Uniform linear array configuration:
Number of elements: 4
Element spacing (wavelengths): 1
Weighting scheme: hamming
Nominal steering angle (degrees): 60
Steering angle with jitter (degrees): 58.341
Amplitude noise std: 0.05
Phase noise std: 0.05

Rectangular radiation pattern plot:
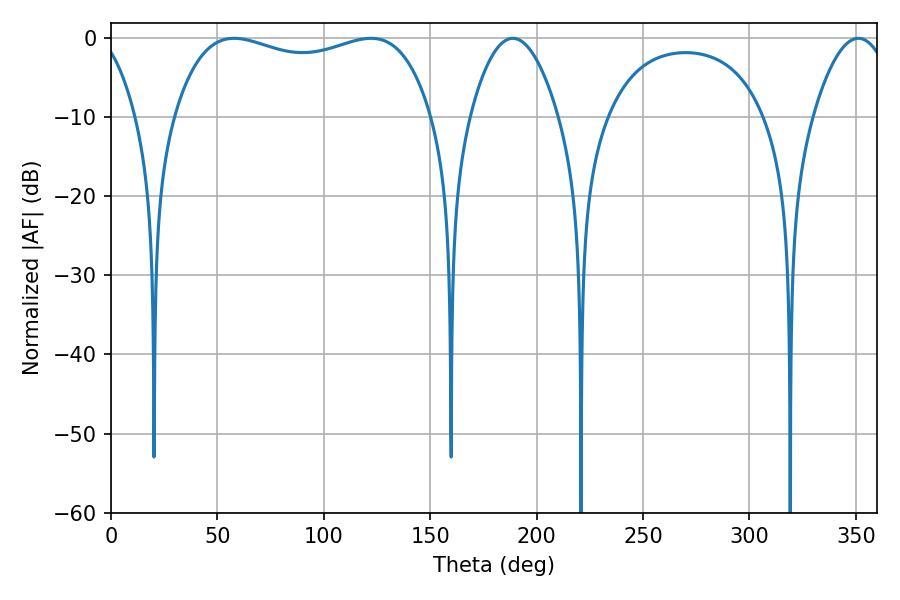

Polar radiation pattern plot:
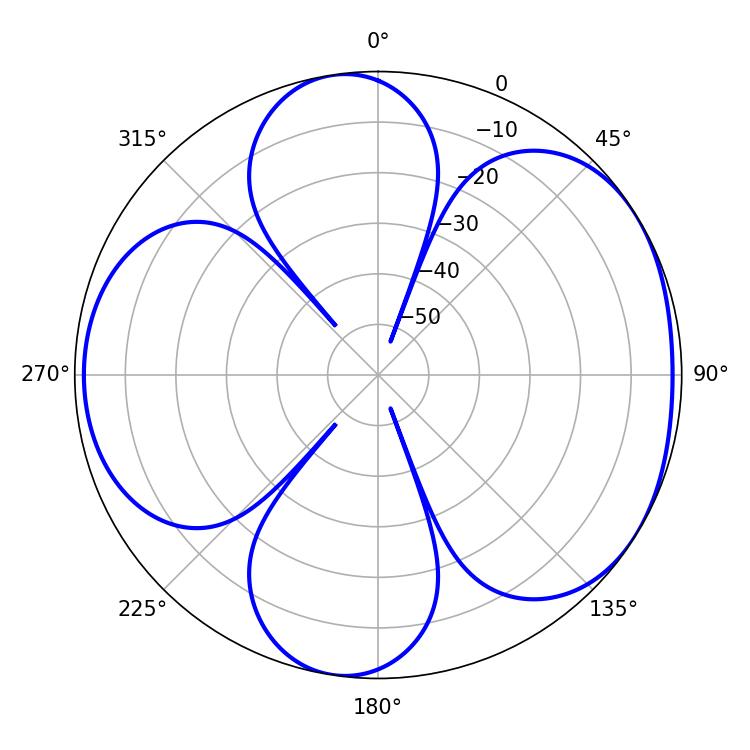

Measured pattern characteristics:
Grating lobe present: TRUE
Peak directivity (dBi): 5.057
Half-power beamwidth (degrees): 22.86
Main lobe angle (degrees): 188.82